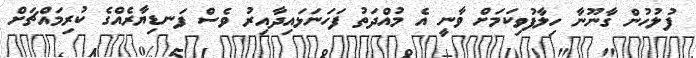
ފުލުހުން ގާނޫނާ ހިލާފުވިކަމަށް ވާނީ އެ މުއްދަތު ފަހަނަޅައިދާއިރު ވެސް ފަނޑިޔާރެއްގެ ކުރިމައްޗަށް